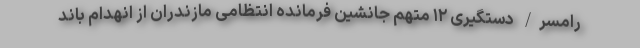
رامسر/ دستگیری ۱۲ متهم جانشین فرمانده انتظامی مازندران از انهدام باند